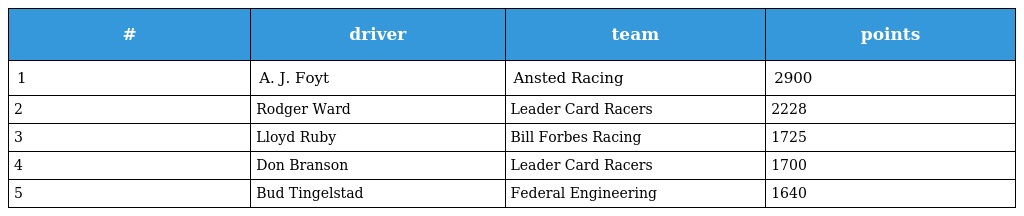
| # | driver | team | points |
 | --- | --- | --- | --- |
 | 1 | A. J. Foyt | Ansted Racing | 2900 |
 | 2 | Rodger Ward | Leader Card Racers | 2228 |
 | 3 | Lloyd Ruby | Bill Forbes Racing | 1725 |
 | 4 | Don Branson | Leader Card Racers | 1700 |
 | 5 | Bud Tingelstad | Federal Engineering | 1640 |